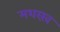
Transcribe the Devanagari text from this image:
मशरख़